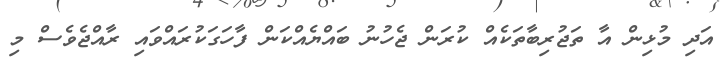
އަދި މުޅިން އާ ތަޖުރިބާތަކެއް ކުރަން ޖެހުނު ބައްޔެއްކަން ފާހަގަކުރައްވައި ރާއްޖެވެސް މި